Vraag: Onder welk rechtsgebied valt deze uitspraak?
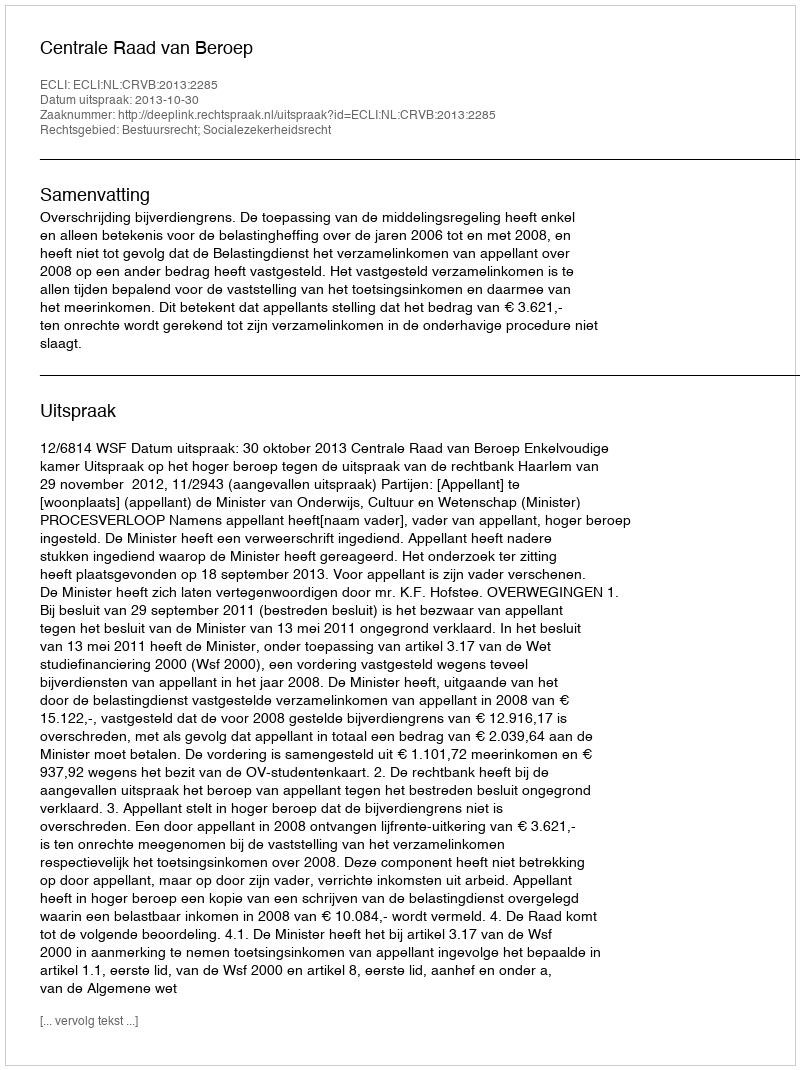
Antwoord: Bestuursrecht; Socialezekerheidsrecht